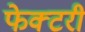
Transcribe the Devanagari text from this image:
फेक्टरी